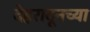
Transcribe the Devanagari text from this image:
देहरादूनच्या